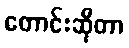
တောင်းဆိုတာ